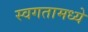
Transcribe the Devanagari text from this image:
स्वगतामध्ये